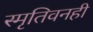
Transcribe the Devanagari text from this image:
स्मृतिवनही